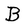
Character: B